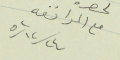
مع الموافقه ٢٤/١٢/٥٢